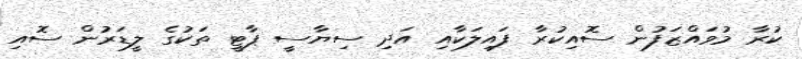
ކުރާ މުވައްޒަފުން ސޮއިކުރާ ފައިލަކާއި އަދި ސިޔާސީ ޕާޓީ ތަކުގެ ލީޑަރުން ސޮއި